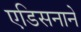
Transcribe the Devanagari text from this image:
एडिसनाने